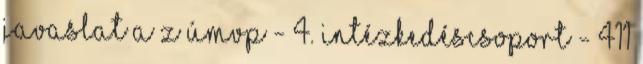
javaslat a z ÚMVP - 4. Intézkedéscsoport - 411